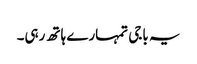
یہ باجی تمہارے ہاتھ رہی۔